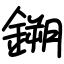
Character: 鎙